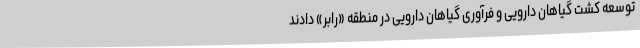
توسعه کشت گیاهان دارویی و فرآوری گیاهان دارویی در منطقه «رابر» دادند